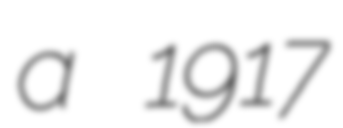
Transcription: a 1917